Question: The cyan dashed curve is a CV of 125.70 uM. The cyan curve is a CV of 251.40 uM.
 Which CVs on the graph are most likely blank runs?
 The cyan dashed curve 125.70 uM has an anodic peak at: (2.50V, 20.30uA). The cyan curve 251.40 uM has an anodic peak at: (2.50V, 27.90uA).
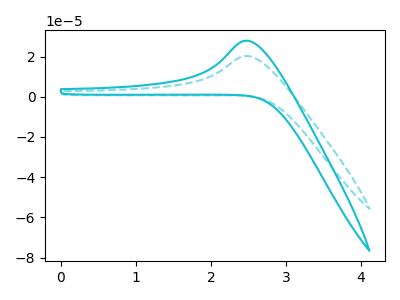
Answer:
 <answer>There are not any CV's on this graph that are likely to be blanks.</answer>
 <eval>none</eval>